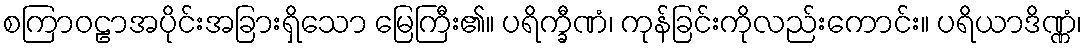
စကြာဝဠာအပိုင်းအခြားရှိသော မြေကြီး၏။ ပရိက္ခီဏံ၊ ကုန်ခြင်းကိုလည်းကောင်း။ ပရိယာဒိဏ္ဏံ၊